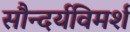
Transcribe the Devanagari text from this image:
सौन्दर्यविमर्श